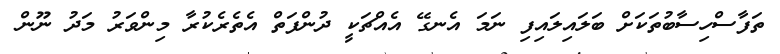
ތަފާސްހިސާބުތަކަށް ބަލައިލައިފި ނަމަ އެނގޭ އެއްޗަކީ ދުންފަތް އެތެރެކުރާ މިންވަރު މަދު ނޫން